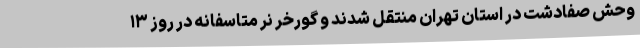
وحش صفادشت در استان تهران منتقل شدند و گورخر نر متاسفانه در روز ۱۳